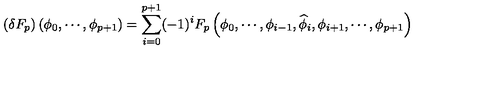
\left( \delta F _ { p } \right) \left( \phi _ { 0 } , \cdots , \phi _ { p + 1 } \right) = \sum _ { i = 0 } ^ { p + 1 } ( - 1 ) ^ { i } F _ { p } \left( \phi _ { 0 } , \cdots , \phi _ { i - 1 } , \widehat { \phi } _ { i } , \phi _ { i + 1 } , \cdots , \phi _ { p + 1 } \right)